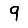
Digit: 9